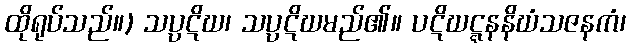
ထိုရုပ်သည်။) သပ္ပဋိဃ၊ သပ္ပဋိဃမည်၏။ ပဋိဃဋ္ဋနနိဃံသဇနကံ၊